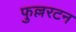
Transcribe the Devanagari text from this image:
फुल्लरटन